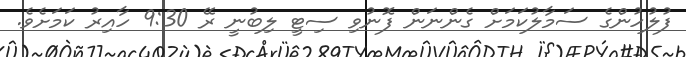
ފުލުހުންގެ ސަމާލުކަމަށް ގެންނަން ފޮނުވި ސިޓީ ލިބުނީ ރޭ 9:30 ހާއިރު ކަމަށެވެ.